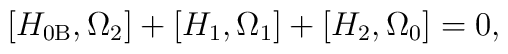
\left[ H_{0\mathrm{B}},\Omega _{2}\right] +\left[ H_{1},\Omega _{1}\right]+\left[ H_{2},\Omega _{0}\right] =0,